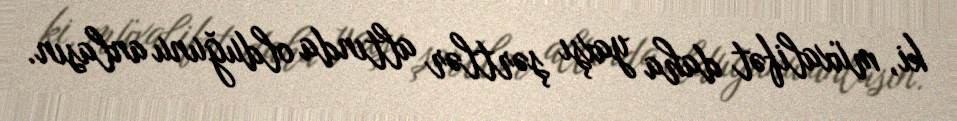
ki, müxalifət daha yaxşı şərtlər altında olduğunu anlasın.